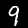
Digit: 9